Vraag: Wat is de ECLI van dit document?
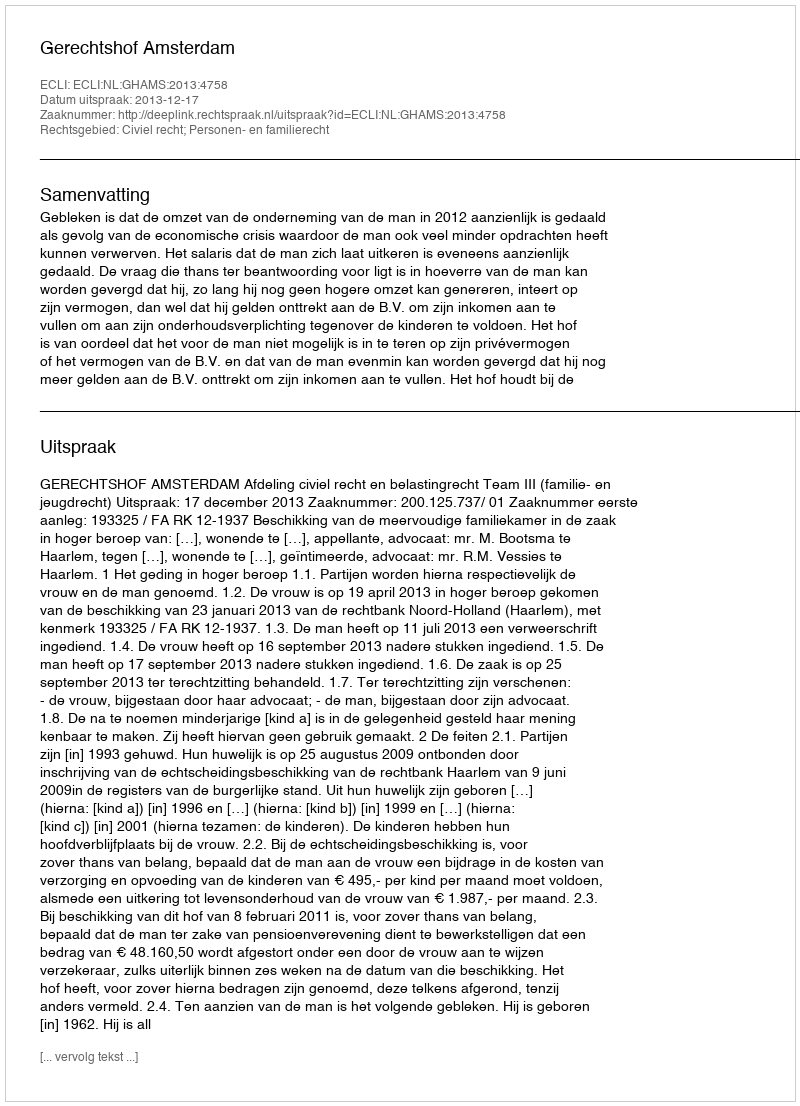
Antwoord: ECLI:NL:GHAMS:2013:4758